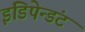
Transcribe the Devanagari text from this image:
इंडिपेन्डंट